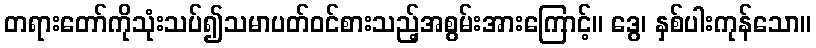
တရားတော်ကိုသုံးသပ်၍သမာပတ်ဝင်စားသည့်အစွမ်းအားကြောင့်။ ဒွေ၊ နှစ်ပါးကုန်သော။